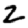
Digit: 2